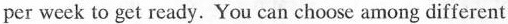
per week to get ready. You can cheas: among different